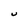
Character: u